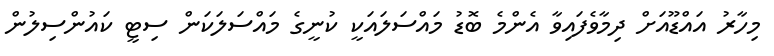
މިހާރު އައްޑޫއަށް ދިމާވެފައިވާ އެންމެ ބޮޑު މައްސަލައަކީ ކުނީގެ މައްސަލަކަން ސިޓީ ކައުންސިލުން